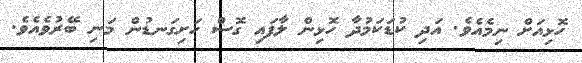
ހޮޅިއަށް ނިމެއެވެ. އަދި ކުޑަކަމުދާ ހޮޅިން ލާފައި ގޮސް ހަށިގަނޑުން މަނި ބޭރުވެއެވެ.